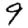
Digit: 9